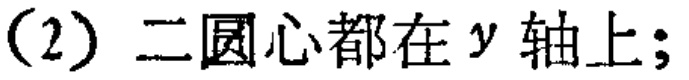
(2) 二圆心都在 \(y\) 轴上；